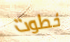
خطوت